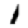
Digit: 1